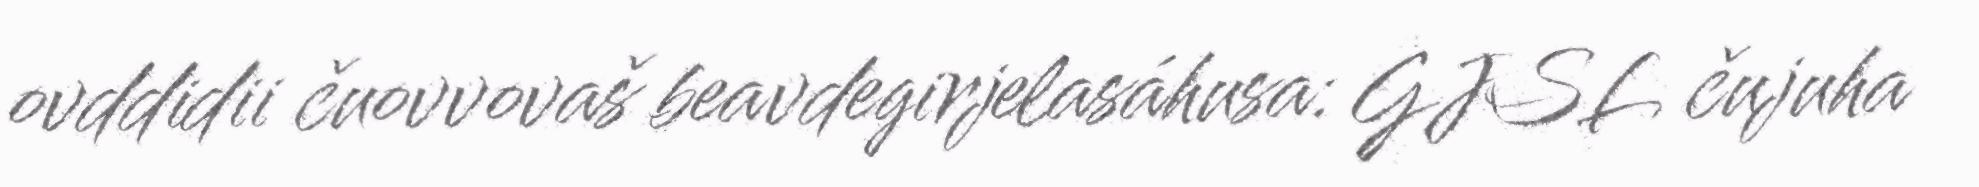
ovddidii čuovvovaš beavdegirjelasáhusa: GJSL čujuha